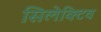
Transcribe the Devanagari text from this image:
सिलेक्टिव